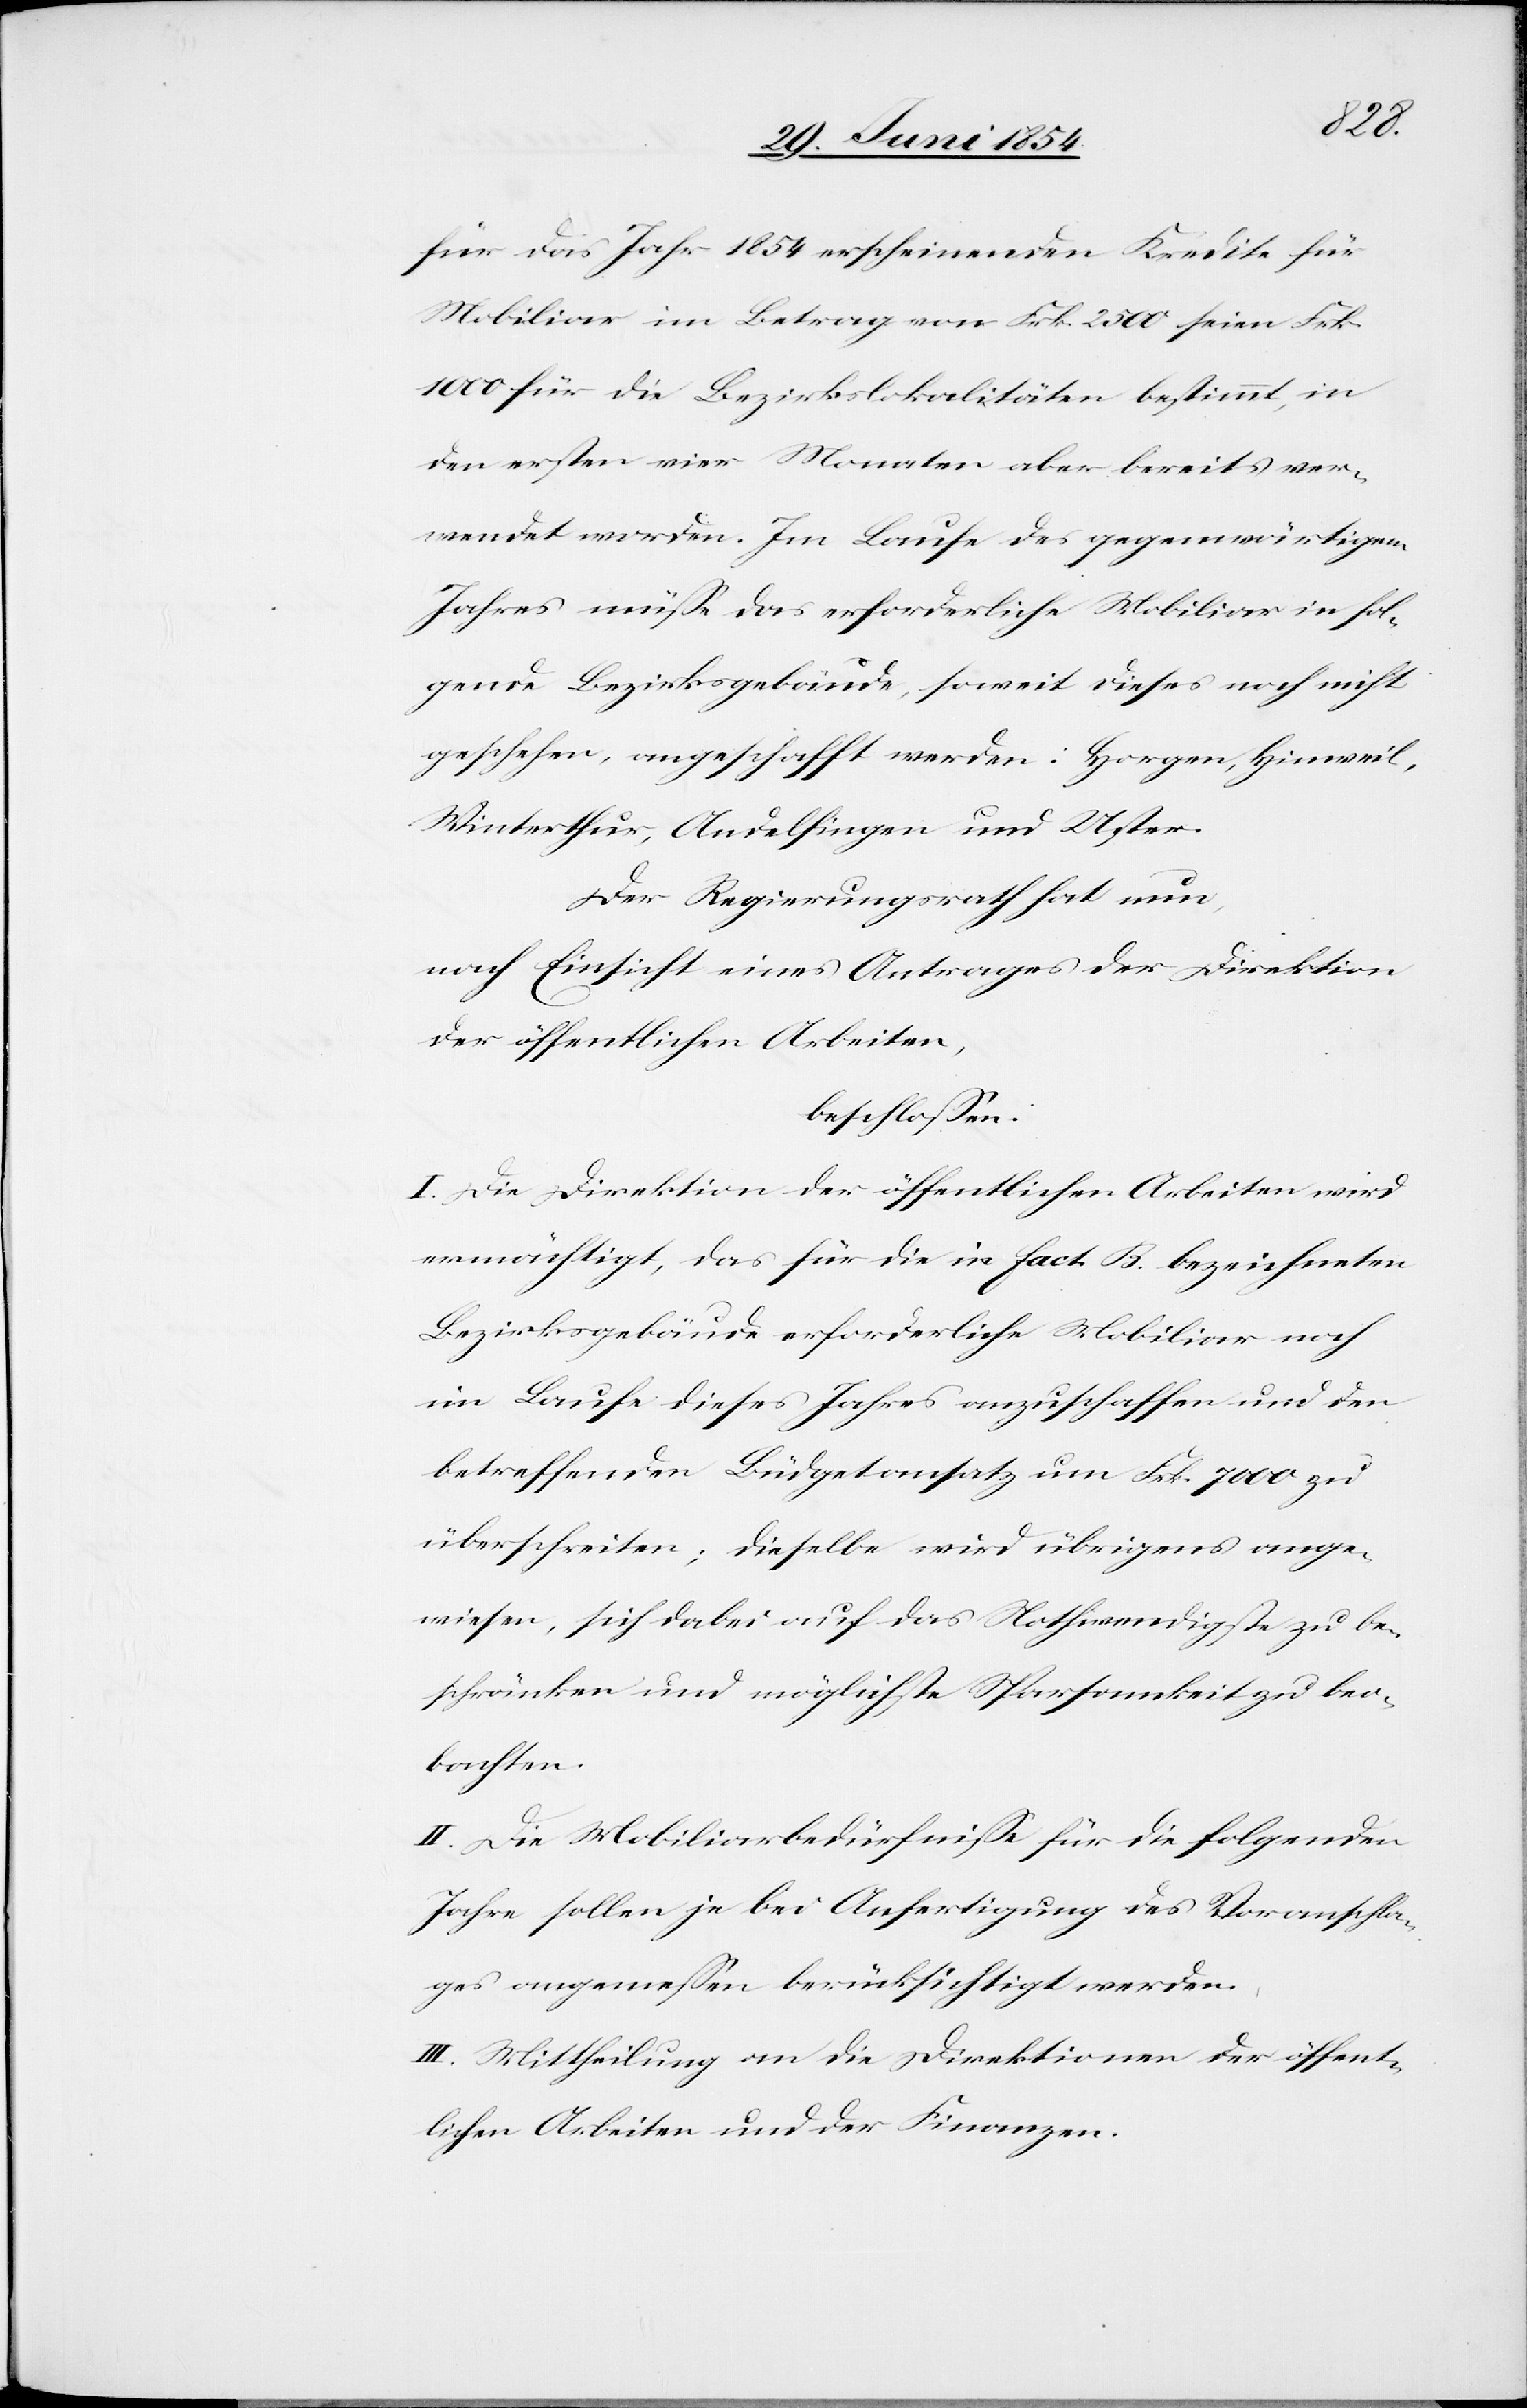
für das Jahr 1854 erscheinenden Kredite für
Mobiliar im Betrag von Frk. 2500 seien Frk.
100 für die Bezirkslokalitäten bestimmt, in
den ersten vier Monaten aber bereits ver¬
wendet worden. Im Laufe des gegenwärtigen
Jahres müße das erforderliche Mobiliar in fol¬
genden Bezirksgebäuden, soweit dieses noch nicht
geschehen, angeschafft werden: Horgen, Hinweil,
Winterthur, Andelfingen und Uster.
Der Regierungsrath hat nun,
nach Einsicht eines Antrages der Direktion
der öffentlichen Arbeiten,
beschloßen:
I. Die Direktion der öffentlichen Arbeiten wird
ermächtigt, das für die in fact. B. bezeichneten
Bezirksgebäude erforderliche Mobiliar noch
im Laufe dieses Jahres anzuschaffen und den
betreffenden Büdgetansatz um Frk. 7000 zu
überschreiten; dieselbe wird übrigens ange¬
wiesen, sich dabei auf das Nothwendigste zu be¬
schränken und möglichste Sparsamkeit zu beo¬
bachten.
II. Die Mobiliarbedürfniße für die folgenden
Jahre sollen je bei Anfertigung des Voranschla¬
ges angemeßen berücksichtigt werden.
III. Mittheilung an die Direktionen der öffent¬
lichen Arbeiten und der Finanzen.